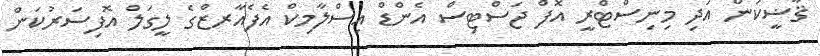
ޤާޟީކަން އަދި މިނިސްޓްރީ އޮފް ޖަސްޓިސް އެންޑް އިސްލާމިކް އެފެއާރޒްގެ ލީގަލް އޮފިސަރުކަން